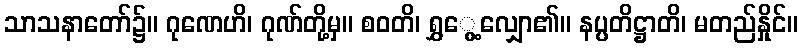
သာသနာတော်၌။ ဂုဏေဟိ၊ ဂုဏ်တို့မှ။ စဝတိ၊ ရွှွေ့လျှော၏။ နပ္ပတိဋ္ဌာတိ၊ မတည်နှိုင်။